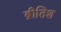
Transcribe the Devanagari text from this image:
ब्रीतिश